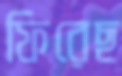
ফিরেছ